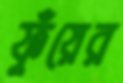
ফুঁয়ের